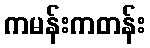
ကမန်းကတန်း